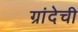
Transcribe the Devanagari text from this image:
ग्रांदेची